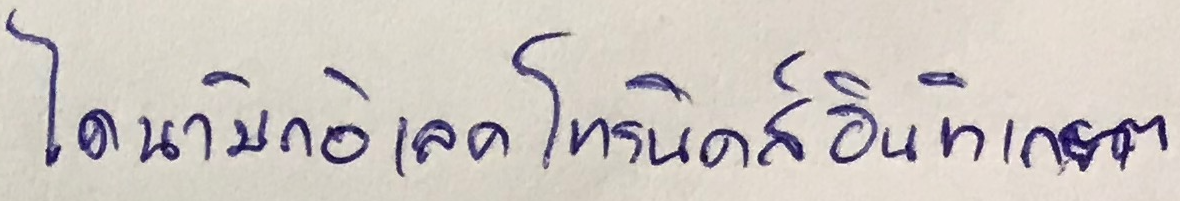
ไดนามิกอิเลคโทรนิคส์อินทิเกรต